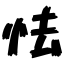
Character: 怯